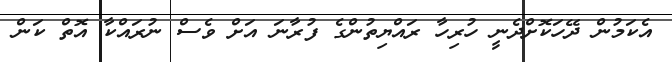
އެކަމުން ދޭހަކޮށްދެނީ ހުރިހާ ރައްޔިތުންގެ ފުރާނަ އަށް ވެސް ނުރައްކާ އޮތް ކަން